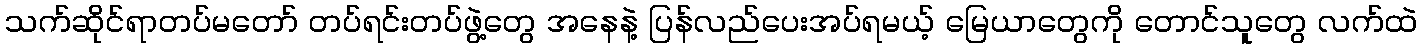
သက်ဆိုင်ရာတပ်မတော် တပ်ရင်းတပ်ဖွဲ့တွေ အနေနဲ့ ပြန်လည်ပေးအပ်ရမယ့် မြေယာတွေကို တောင်သူတွေ လက်ထဲ